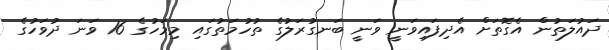
ދައުލަތުން އެގޮތަށް އެދިފައިވަނީ ވަނީ ބަނގުރަލުގެ ތުހުމަތުގައި މިމަހުގެ 16 ވަނަ ދުވަހުގެ